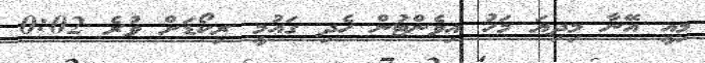
މިއީ އޭނާ މިދިޔަ މަހު އިވެންޓުން ހެދި ގައުމީ ރިކޯޑަށް ވުރެ 0:02